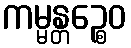
ကမ္မန္တဉ္စေဝ